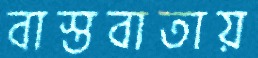
বাস্তবাতায়